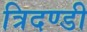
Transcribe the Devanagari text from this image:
त्रिदण्डी